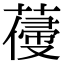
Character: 𦺭